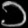
Digit: ၁